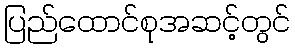
ပြည်ထောင်စုအဆင့်တွင်